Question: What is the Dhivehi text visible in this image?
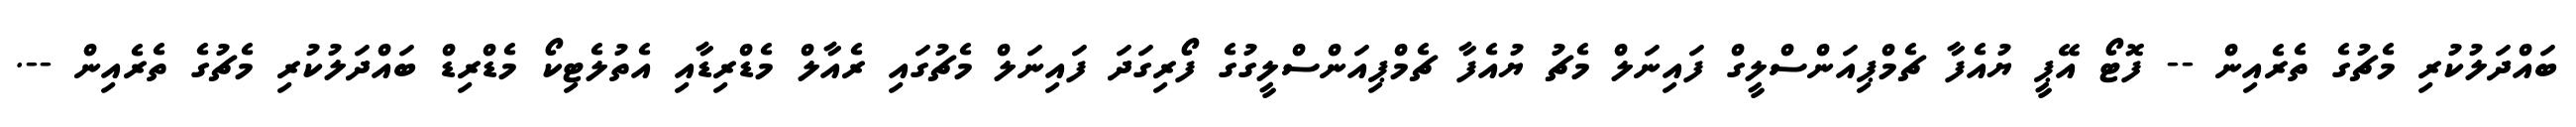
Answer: ބައްދަލުކުރި މެޗުގެ ތެރެއިން -- ފޮޓޯ އޭޕީ ޔުއެފާ ޗެމްޕިއަންސްލީގް ފައިނަލް މެޗު ޔުއެފާ ޗެމްޕިއަންސްލީގުގެ ފޯރިގަދަ ފައިނަލް މެޗުގައި ރެއާލް މެޑްރިޑާއި އެތުލެޓިކޯ މެޑްރިޑް ބައްދަލުކުރި މެޗުގެ ތެރެއިން --.